Report on vaccination in the Province of Bengal - 1874-1889
Year: 1874
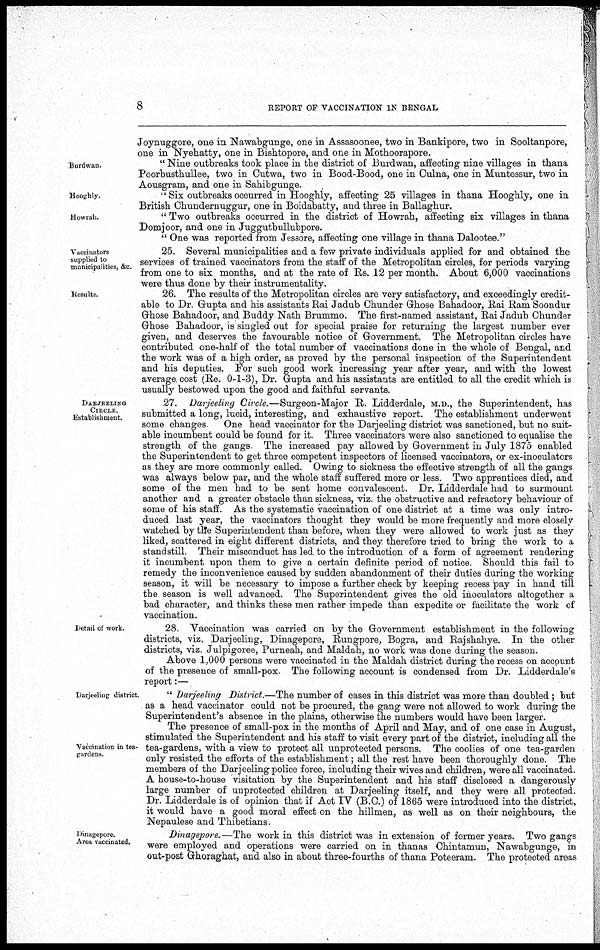
8
REPORT OF VACCINATION IN BENGAL
Joynuggore, one in Nawabgunge, one in Assasoonee, two in Bankipore, two in Sooltanpore,
one in Nyehatty, one in Bishtopore, and one in Mothoorapore.
Burdwan.
" Nine outbreaks took place in the district of Burdwan, affecting nine villages in thana
Poorbusthullee, two in Cutwa, two in Bood-Bood, one in Culna, one in Muntessur, two in
Aousgram, and one in Sahibgunge.
Hooghly.
"Six outbreaks occurred in Hooghly, affecting 25 villages in thana Hooghly, one in
British Chundernuggur, one in Boidabatty, and three in Ballaghur.
Howrah.
" Two outbreaks occurred in the district of Howrah, affecting six villages in thana
Domjoor, and one in Juggutbullubpore.
" One was reported from Jessore, affecting one village in thana Dalootee."
Vaccinators
supplied to
municipalities, &c.
25. Several municipalities and a few private individuals applied for and obtained the
services of trained vaccinators from the staff of the Metropolitan circles, for periods varying
from one to six months, and at the rate of Rs. 12 per month. About 6,000 vaccinations
were thus done by their instrumentality.
Results.
26. The results of the Metropolitan circles are very satisfactory, and exceedingly credit-
able to Dr. Gupta and his assistants Rai Jadub Chunder Ghose Bahadoor, Rai Ram Soondur
Ghose Bahadoor, and Buddy Nath Brummo. The first-named assistant, Rai Jadub Chunder
Ghose Bahadoor, is singled out for special praise for returning the largest number ever
given, and deserves the favourable notice of Government. The Metropolitan circles have
contributed one-half of the total number of vaccinations done in the whole of Bengal, and
the work was of a high order, as proved by the personal inspection of the Superintendent
and his deputies. For such good work increasing year after year, and with the lowest
average cost (Re. 0-1-3), Dr. Gupta and his assistants are entitled to all the credit which is
usually bestowed upon the good and faithful servants.
DARJEELING
CIRCLE
Establishment.
27. Darjeeling Circle.—Surgeon-Major R. Lidderdale, M.D., the Superintendent, has
submitted a long, lucid, interesting, and exhaustive report. The establishment underwent
some changes
One head vaccinator for the Darjeeling district was sanctioned, but no suit-
able incumbent could be found for it. Three vaccinators were also sanctioned to equalise the
strength of the gangs The increased pay allowed by Government in July 1875 enabled
the Superintendent to get three competent inspectors of licensed vaccinators, or ex-inoculators
as they are more commonly called. Owing to sickness the effective strength of all the gangs
was always below par, and the whole staff suffered more or less. Two apprentices died, and
some of the men had to be sent home convalescent. Dr. Lidderdale had to surmount
another and a greater obstacle than sickness, viz. the obstructive and refractory behaviour of
some of his staff. As the systematic vaccination of one district at a time was only intro-
duced last year, the vaccinators thought they would be more frequently and more closely
watched by the Superintendent than before, when they were allowed to work just as they
liked, scattered in eight different districts, and they therefore tried to bring the work to a
standstill. Their misconduct has led to the introduction of a form of agreement rendering
it incumbent upon them to give a certain definite period of notice. Should this fail to
remedy the inconvenience caused by sudden abandonment of their duties during the working
season, it will be necessary to impose a further check by keeping recess pay in hand till
the season is well advanced. The Superintendent gives the old inoculators altogether a
bad character, and thinks these men rather impede than expedite or facilitate the work of
vaccination.
Detail of work.
28. Vaccination was carried on by the Government establishment in the following
districts, viz. Darjeeling, Dinagepore, Rungpore, Bogra, and Rajshahye. In the other
districts, viz. Julpigoree, Purneah, and Maldah, no work was done during the season.
Above 1,000 persons were vaccinated in the Maldah district during the recess on account
of the presence of small-pox. The following account is condensed from Dr. Lidderdale's
report:—
Darjeeling district.
" Darjeeling District.—The number of cases in this district was more than doubled ; but
as a head vaccinator could not be procured, the gang were not allowed to work during the
Superintendent's absence in the plains, otherwise the numbers would have been larger.
Vaccination in tea-
gardens
The presence of small-pox in the months of April and May, and of one case in August,
stimulated the Superintendent and his staff to visit every part of the district, including all the
tea-gardens, with a view to protect all unprotected persons. The coolies of one tea-garden
only resisted the efforts of the establishment; all the rest have been thoroughly done. The
members of the Darjeeling police force, including their wives and children, were all vaccinated.
A house-to-house visitation by the Superintendent and his staff disclosed a dangerously
large number of unprotected children at Darjeeling itself, and they were all protected.
Dr. Lidderdale is of opinion that if Act IV (B.C.) of 1865 were introduced into the district,
it would have a good moral effect on the hillmen, as well as on their neighbours, the
Nepaulese and Thibetians.
Dinagepore.
Area vaccinated.
Dinagepore. —The work in this district was in extension of former years. Two gangs
were employed and operations were carried on in thanas Chintamun, Nawabgunge, in
out-post Ghoraghat, and also in about three-fourths of thana Poteeram. The protected areas